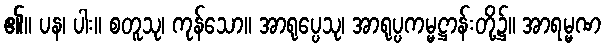
၏။ ပန၊ ပါး။ စတူသု၊ ကုန်သော။ အာရုပ္ပေသု၊ အာရုပ္ပကမ္မဋ္ဌာန်းတို့၌။ အာရမ္မဏ